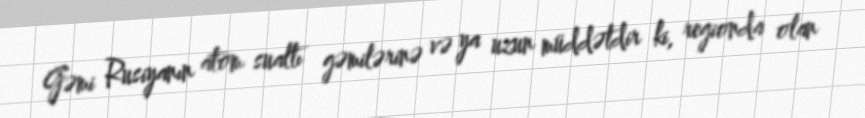
Gəmi Rusiyanın atom sualtı gəmilərinə və ya uzun müddətdir ki, regionda olan